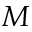
M